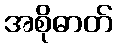
အစိုဓာတ်